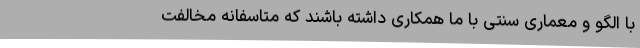
با الگو و معماری سنتی با ما همکاری داشته باشند که متاسفانه مخالفت